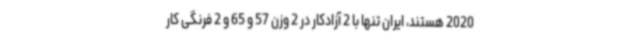
2020 هستند، ایران تنها با 2 آزادکار در 2 وزن 57 و 65 و 2 فرنگی کار